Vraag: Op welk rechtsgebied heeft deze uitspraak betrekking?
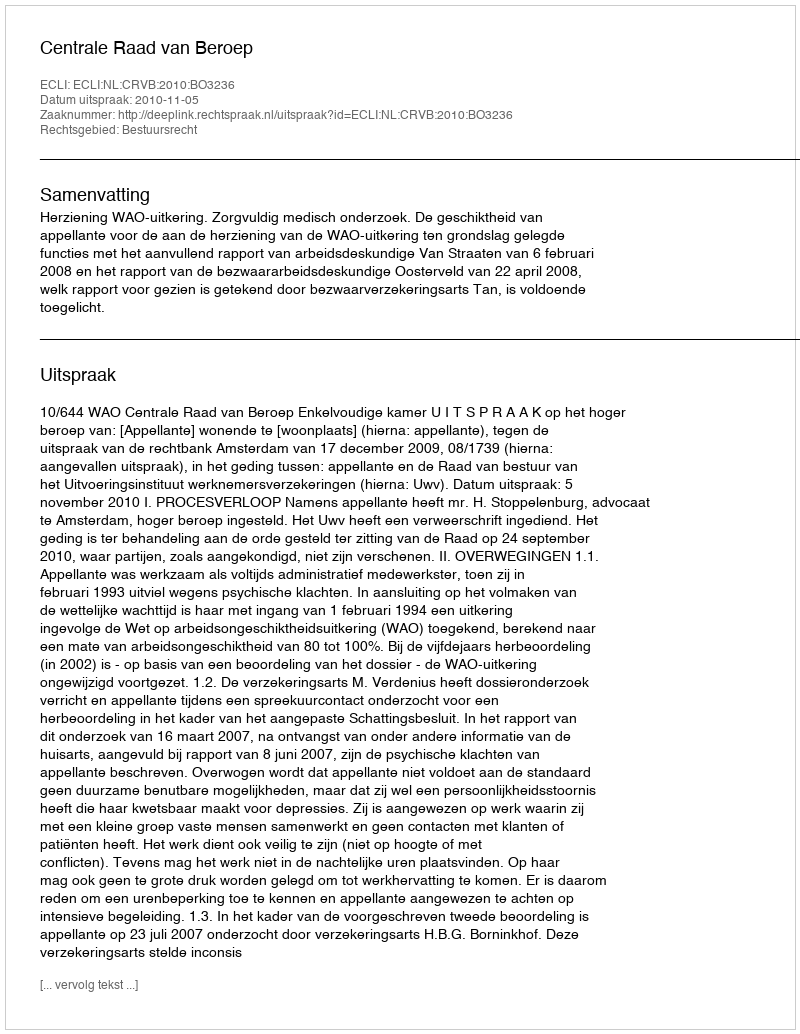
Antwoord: Bestuursrecht